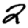
Digit: 2